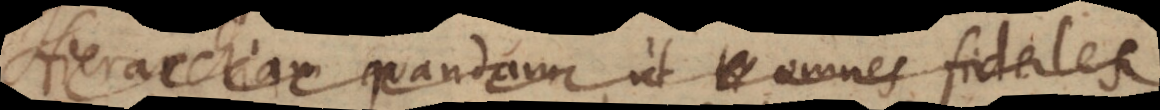
Hierarchiam quandam, ut omnes fideles